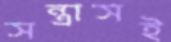
সন্ত্রাসই